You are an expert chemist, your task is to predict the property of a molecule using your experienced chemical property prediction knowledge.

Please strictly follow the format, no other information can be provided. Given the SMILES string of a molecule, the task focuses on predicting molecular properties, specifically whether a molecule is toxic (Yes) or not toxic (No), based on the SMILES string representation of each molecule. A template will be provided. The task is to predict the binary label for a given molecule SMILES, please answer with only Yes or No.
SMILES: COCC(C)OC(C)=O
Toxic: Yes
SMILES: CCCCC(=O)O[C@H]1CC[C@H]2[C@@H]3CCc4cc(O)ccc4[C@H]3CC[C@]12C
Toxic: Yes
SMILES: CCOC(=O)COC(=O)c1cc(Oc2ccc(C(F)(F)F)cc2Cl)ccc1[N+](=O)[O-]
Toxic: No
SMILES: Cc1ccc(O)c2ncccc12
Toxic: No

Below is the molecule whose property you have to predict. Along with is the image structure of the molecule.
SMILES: Nc1ccc(F)cc1
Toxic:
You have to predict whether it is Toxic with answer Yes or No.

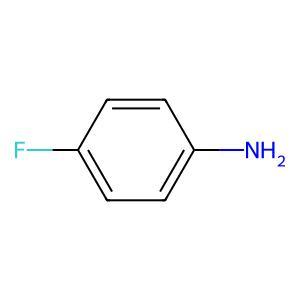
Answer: No